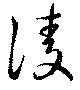
淩